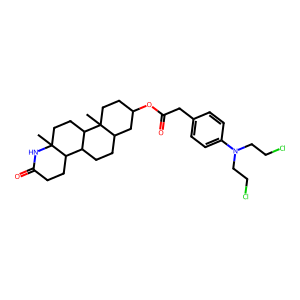
SMILES: CC12CCC3C(CCC4CC(OC(=O)Cc5ccc(N(CCCl)CCCl)cc5)CCC43C)C1CCC(=O)N2
Inhibits HIV replication: No